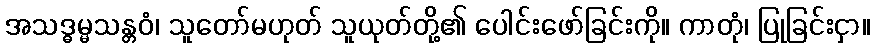
အသဒ္ဓမ္မသန္တဝံ၊ သူတော်မဟုတ် သူယုတ်တို့၏ ပေါင်းဖော်ခြင်းကို။ ကာတုံ၊ ပြုခြင်းငှာ။